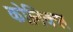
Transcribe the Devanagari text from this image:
कोनिक्स